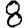
Digit: 8